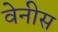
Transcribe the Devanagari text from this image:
वेनीस